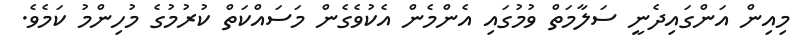
މިއިން އަންގައިދެނީ ސަލާމަތް ވުމުގައި އެންމެން އެކުވެގެން މަސައްކަތް ކުރުމުގެ މުހިންމު ކަމެވެ.